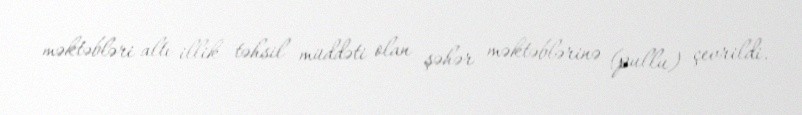
məktəbləri altı illik təhsil müddəti olan şəhər məktəblərinə (pullu) çevrildi.